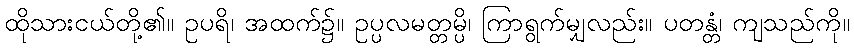
ထိုသားငယ်တို့၏။ ဥပရိ၊ အထက်၌။ ဥပ္ပလမတ္တမ္ပိ၊ ကြာရွက်မျှလည်း။ ပတန္တံ၊ ကျသည်ကို။